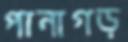
পানাগড়